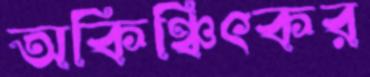
অকিঞ্চিৎকর